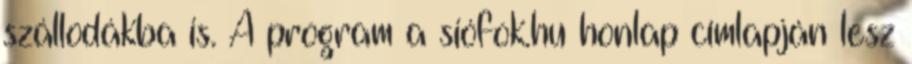
szállodákba is. A program a siófok.hu honlap címlapján lesz